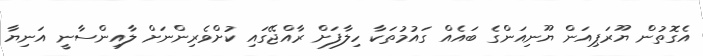
އެގޮތުން ޔޫރަޕިއަން ޔޫނިއަންގެ ބައެއް ގައުމުތަކާ ހިލާފަށް ރާއްޖޭގައި ކުށްވެރިންނަށް ލާއިންސާނީ އަނިޔާ